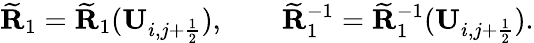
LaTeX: \widetilde{\mathbf{R}}_{1}=\widetilde{\mathbf{R}}_{1}(\mathbf{U}_{i,j+\frac{1}{2}}),\qquad\widetilde{\mathbf{R}}_{1}^{-1}=\widetilde{\mathbf{R}}_{1}^{-1}(\mathbf{U}_{i,j+\frac{1}{2}}).